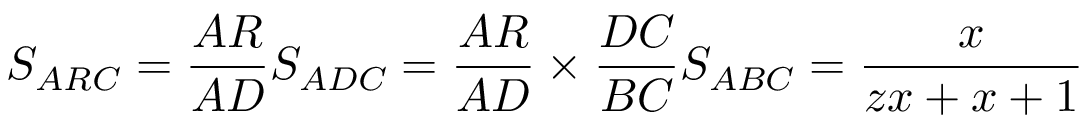
S _ { A R C } = { \frac { A R } { A D } } S _ { A D C } = { \frac { A R } { A D } } \times { \frac { D C } { B C } } S _ { A B C } = { \frac { x } { z x + x + 1 } }